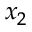
x _ { 2 }